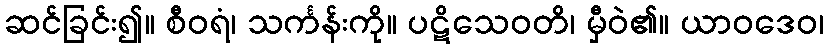
ဆင်ခြင်း၍။ စီဝရံ၊ သင်္ကန်းကို။ ပဋိသေဝတိ၊ မှီဝဲ၏။ ယာဝဒေဝ၊